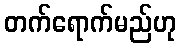
တက်ရောက်မည်ဟု